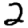
Digit: 2